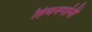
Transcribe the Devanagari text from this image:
हिमनगांनी